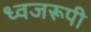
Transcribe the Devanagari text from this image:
ध्वजरूपी